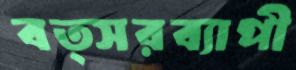
বত্সরব্যাপী